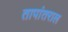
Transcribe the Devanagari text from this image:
तापांतराल